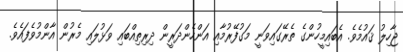
ޖާހިލު ޤައުމެވެ. އެބައިމީހުންގެ ތެރޭގައިވަނީ މަގުފޭރުމާއި އަންހެންދަރީން ދިރިތިއްބައި ވަޅުލައި މެރުން އާންމުވެފައެވެ.